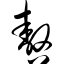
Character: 嗷